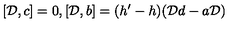
[ { \cal D } , c ] = 0 , [ { \cal D } , b ] = ( h ^ { \prime } - h ) ( { \cal D } d - a { \cal D } )